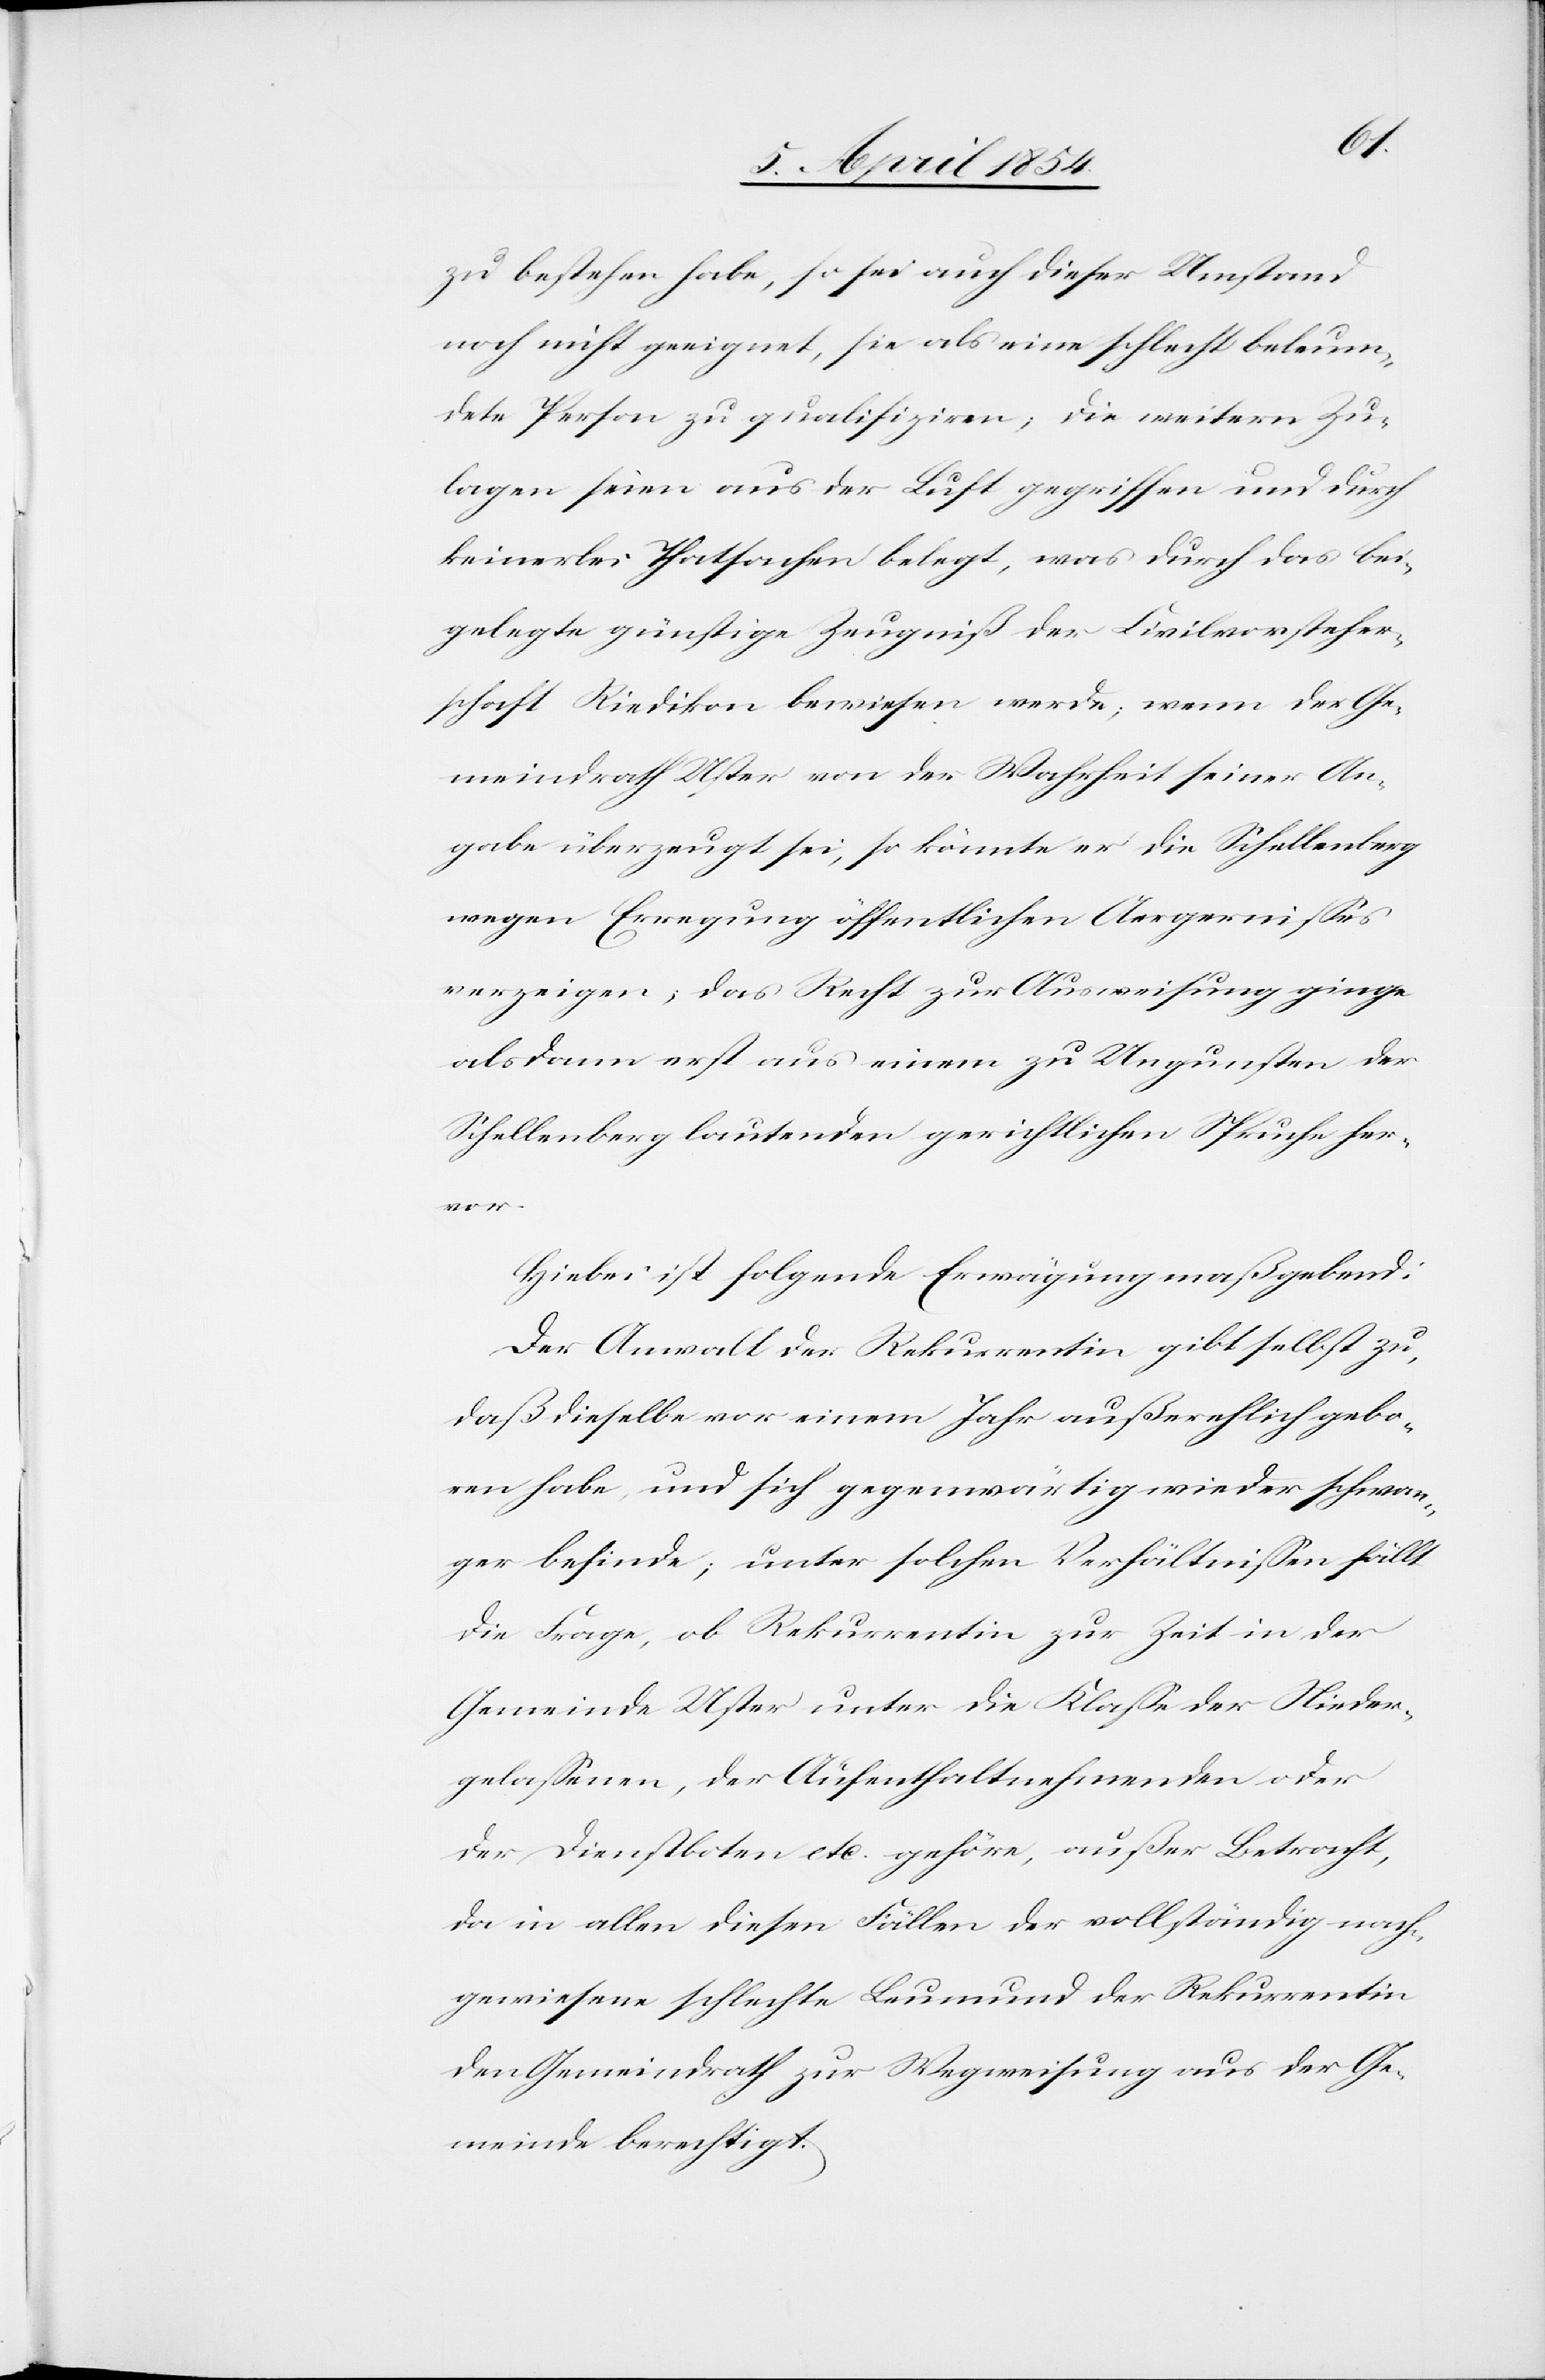
zu bestehen habe, so sei auch dieser Umstand
noch nicht geeignet, sie als eine schlecht beleum¬
dete Person zu qualifiziren, die weitern Zu¬
lagen seien aus der Luft gegriffen und durch
keinerlei Thatsachen belegt, was durch das bei¬
gelegte günstige Zeugniß der Civilvorsteher¬
schaft Riedikon bewiesen werde; wenn der Ge¬
meindrath Uster von der Wahrheit seiner An¬
gabe überzeugt sei, so könnte er die Schellenberg
wegen Erregung öffentlichen Aergernißes
verzeigen; das Recht zur Ausweisung ginge
dann erst aus einem zu Ungunsten der
Schellenberg lautenden gerichtlichen Spruche her¬
vor.
Hiebei ist folgende Erwägung maßgebend:
Der Anwalt der Rekurrentin gibt selbst zu,
daß dieselbe vor einem Jahr außerehelich gebo¬
ren habe, und sich gegenwärtig wieder schwan¬
ger befinde; unter solchen Verhältnißen fällt
die Frage, ob Rekurrentin zur Zeit in der
Gemeinde Uster unter die Klaße der Nieder¬
gelaßenen, der Aufenthaltnehmenden oder
der Dienstboten etc. gehöre, außer Betracht,
da in allen diesen Fällen der vollständig nach¬
gewiesene schlechte Leumund der Rekurrentin
den Gemeindrath zur Wegweisung aus der Ge¬
meinde berechtigt.